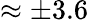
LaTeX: \approx\pm 3.6